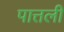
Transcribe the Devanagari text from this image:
पात्तली